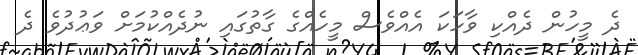
ދެ މީހުން ދެއްކި ވާހަކަ އެއްވެސް މީހެއްގެ ގާތުގައި ނުދެއްކުމަށް ވަޢުދުވެ ދެ